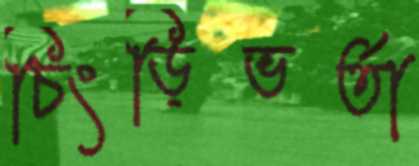
চিংড়িভর্তা